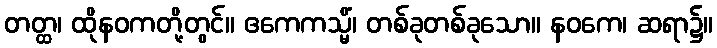
တတ္ထ၊ ထိုနဝကတို့တွင်။ ဧကေကသ္မိံ၊ တစ်ခုတစ်ခုသော။ နဝကေ၊ ဆရာ၌။